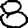
Digit: 8